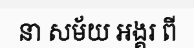
នា សម័យ អង្គរ ពី